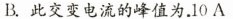
B.此交变电流的峰值为.10A